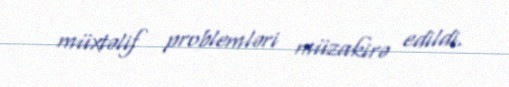
müxtəlif problemləri müzakirə edildi.